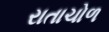
રાતાચોળ